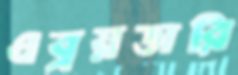
এব্রয়ডারি